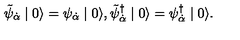
\tilde { \psi } _ { \dot { \alpha } } \mid 0 \rangle = \psi _ { \dot { \alpha } } \mid 0 \rangle , \tilde { \psi } _ { \dot { \alpha } } ^ { \dagger } \mid 0 \rangle = \psi _ { \dot { \alpha } } ^ { \dagger } \mid 0 \rangle .